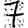
Digit: 7